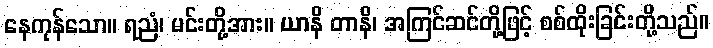
နေကုန်သော။ ရညံ၊ မင်းတို့အား။ ယာနိ တာနိ၊ အကြင်ဆင်တို့ဖြင့် စစ်ထိုးခြင်းတို့သည်။